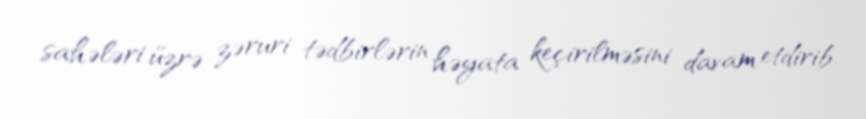
sahələri üzrə zəruri tədbirlərin həyata keçirilməsini davam etdirib.